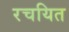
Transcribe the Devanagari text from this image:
रचयित